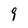
Character: 9